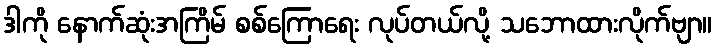
ဒါကို နောက်ဆုံးအကြိမ် စစ်ကြောရေး လုပ်တယ်လို့ သဘောထားလိုက်ဗျာ။